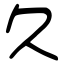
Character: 久